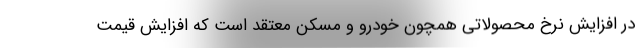
در افزایش نرخ محصولاتی همچون خودرو و مسکن معتقد است که افزایش قیمت